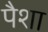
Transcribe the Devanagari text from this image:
पैशा